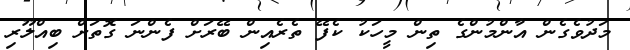
މަދުވެގެން އާންމުންގެ ތިން މީހަކު ކެފޭ ތެރެއިން ބޭރަށް ފެންނަ ގޮތަށް ބިއްލޫރި